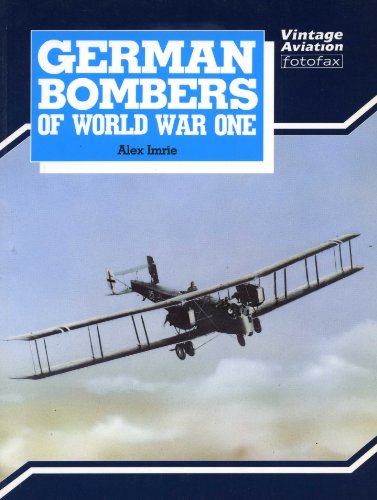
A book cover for German Bombers of World War I; Alex Imrie; Arts & Photography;